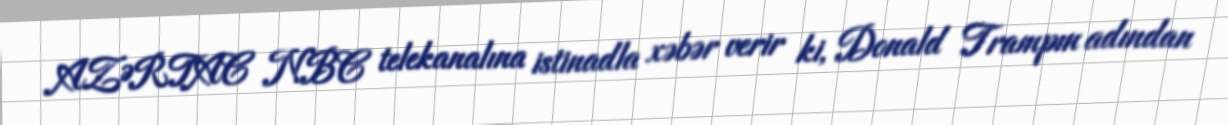
AZƏRTAC NBC telekanalına istinadla xəbər verir ki, Donald Trampın adından